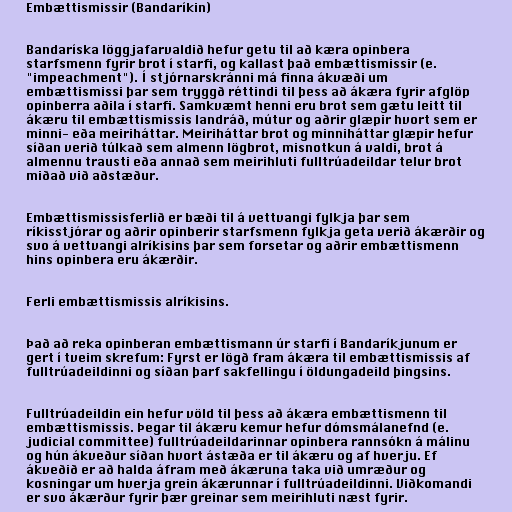
Embættismissir (Bandaríkin)

Bandaríska löggjafarvaldið hefur getu til að kæra opinbera
starfsmenn fyrir brot í starfi, og kallast það embættismissir (e.
"impeachment"). Í stjórnarskránni má finna ákvæði um
embættismissi þar sem tryggð réttindi til þess að ákæra fyrir afglöp
opinberra aðila í starfi. Samkvæmt henni eru brot sem gætu leitt til
ákæru til embættismissis landráð, mútur og aðrir glæpir hvort sem er
minni- eða meiriháttar. Meiriháttar brot og minniháttar glæpir hefur
síðan verið túlkað sem almenn lögbrot, misnotkun á valdi, brot á
almennu trausti eða annað sem meirihluti fulltrúadeildar telur brot
miðað við aðstæður.

Embættismissisferlið er bæði til á vettvangi fylkja þar sem
ríkisstjórar og aðrir opinberir starfsmenn fylkja geta verið ákærðir og
svo á vettvangi alríkisins þar sem forsetar og aðrir embættismenn
hins opinbera eru ákærðir.

Ferli embættismissis alríkisins.

Það að reka opinberan embættismann úr starfi í Bandaríkjunum er
gert í tveim skrefum: Fyrst er lögð fram ákæra til embættismissis af
fulltrúadeildinni og síðan þarf sakfellingu í öldungadeild þingsins.

Fulltrúadeildin ein hefur völd til þess að ákæra embættismenn til
embættismissis. Þegar til ákæru kemur hefur dómsmálanefnd (e.
judicial committee) fulltrúadeildarinnar opinbera rannsókn á málinu
og hún ákveður síðan hvort ástæða er til ákæru og af hverju. Ef
ákveðið er að halda áfram með ákæruna taka við umræður og
kosningar um hverja grein ákærunnar í fulltrúadeildinni. Viðkomandi
er svo ákærður fyrir þær greinar sem meirihluti næst fyrir.